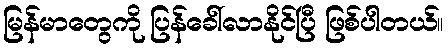
မြန်မာတွေကို ပြန်ခေါ်လာနိုင်ပြီ ဖြစ်ပါတယ်။